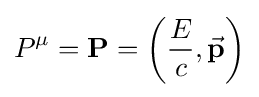
P^{\mu }=\mathbf {P} =\left({\frac {E}{c}},{\vec {\mathbf {p} }}\right)